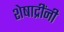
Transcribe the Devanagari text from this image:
शेषाद्रींनी